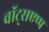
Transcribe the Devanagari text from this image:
वॉट्सएप्प